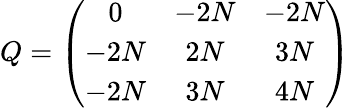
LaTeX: Q=\left(\begin{array}{ccc}{{0}}&{{-2N}}&{{-2N}}\\ {{-2N}}&{{2N}}&{{3N}}\\ {{-2N}}&{{3N}}&{{4N}}\end{array}\right)